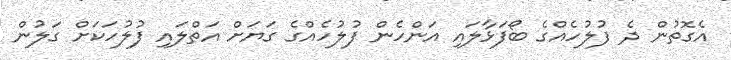
އެގޮތުން ދެ ފުލުހެއްގެ ބޯފަޅާލައި އަންހެން ފުލުހެއްގެ ގަޔަށް އަތްލައި ފުލުހަކަށް ގަލުން